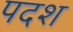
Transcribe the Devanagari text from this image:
पदश